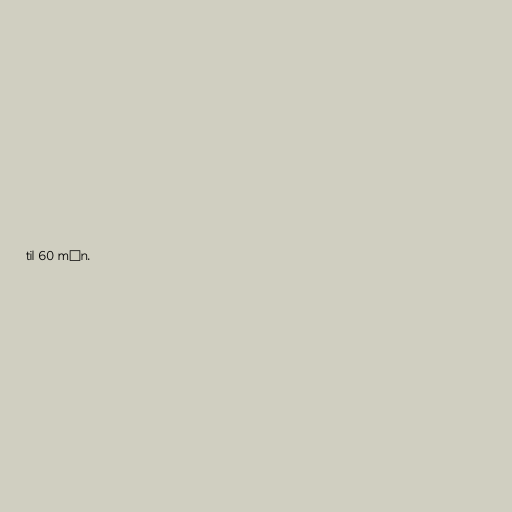
til 60 mín.